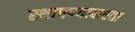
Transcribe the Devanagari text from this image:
स्थापण्याकरता